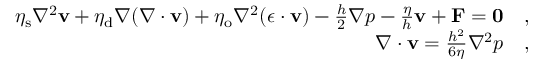
\begin{array} { r l } { \eta _ { \mathrm { s } } \nabla ^ { 2 } \mathbf { v } + \eta _ { \mathrm { d } } \nabla ( \nabla \cdot \mathbf { v } ) + \eta _ { \mathrm { o } } \nabla ^ { 2 } ( \boldsymbol { \epsilon } \cdot \mathbf { v } ) - \frac { h } { 2 } \nabla p - \frac { \eta } { h } \mathbf { v } + \mathbf { F } = \mathbf { 0 } } & { , } \\ { \nabla \cdot \mathbf { v } = \frac { h ^ { 2 } } { 6 \eta } \nabla ^ { 2 } p } & { , } \end{array}